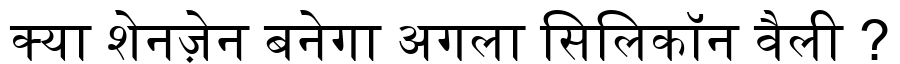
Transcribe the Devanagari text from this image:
क्या शेनज़ेन बनेगा अगला सिलिकॉन वैली ?